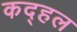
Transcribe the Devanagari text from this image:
कद्हल